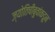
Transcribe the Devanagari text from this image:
ज्योतिषीबुवांकडून